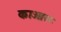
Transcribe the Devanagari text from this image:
काओरू